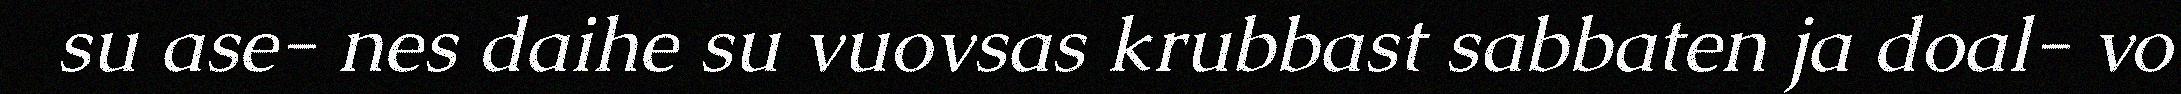
su ase- nes daihe su vuovsas krubbast sabbaten ja doal- vo